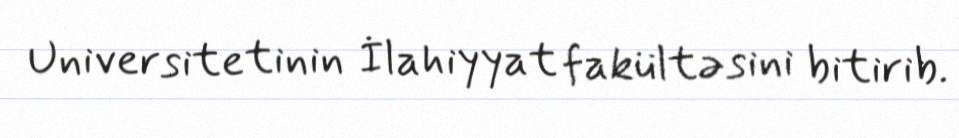
Universitetinin İlahiyyat fakültəsini bitirib.